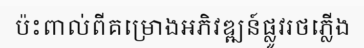
ប៉ះពាល់ពីគម្រោងអភិវឌ្ឍន៍ផ្លូវរថភ្លើង